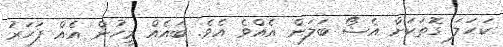
ކަހަލަ ގޮތަކަށް އެޝޯ ބަލަން އެއްވެ އެވެ. ބައެއް މީހުން އެއް ފަހަރު